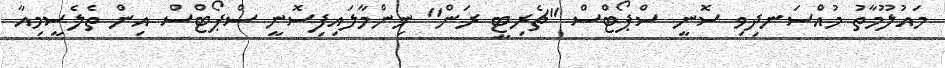
މައުލޫމާތު މުއްސަނދިވި ސޮނީ ސްޕޯޓްސް "ޗެރިޓީ ރަން" ނިންމާލައިފިސޮނީ ސްޕޯޓްސް އިން ތެލެސީމިއާ